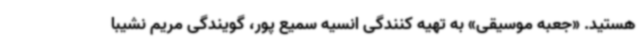
هستید. «جعبه موسیقی» به تهیه کنندگی انسیه سمیع پور، گویندگی مریم نشیبا